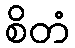
စိတံ